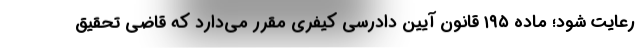
رعايت شود؛ ماده ۱۹۵ قانون آيين دادرسي كيفري مقرر مي‌دارد كه قاضي تحقيق